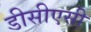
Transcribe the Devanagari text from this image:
डीसीएसी